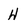
Character: H